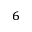
_ 6